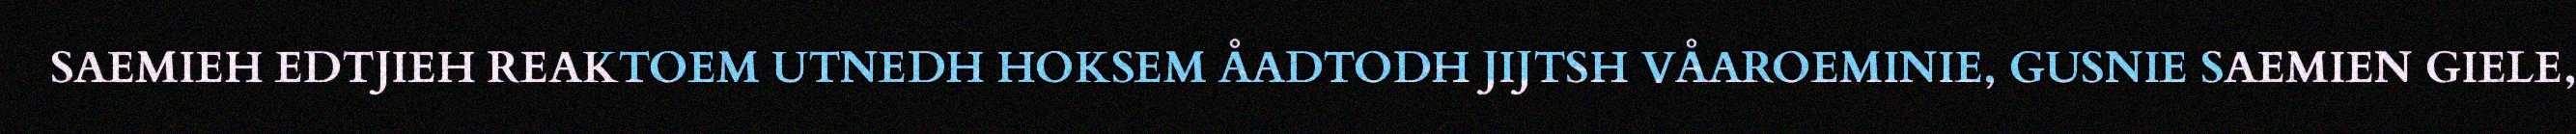
SAEMIEH EDTJIEH REAKTOEM UTNEDH HOKSEM ÅADTODH JIJTSH VÅAROEMINIE, GUSNIE SAEMIEN GIELE,